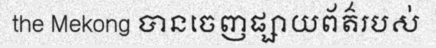
the Mekong បានចេញផ្សាយព័ត៌របស់